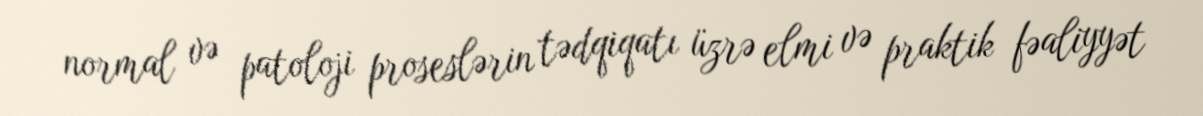
normal və patoloji proseslərin tədqiqatı üzrə elmi və praktik fəaliyyət